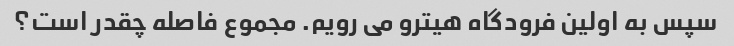
سپس به اولین فرودگاه هیترو می رویم. مجموع فاصله چقدر است؟